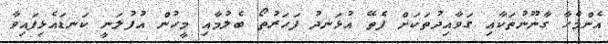
އެންމެހާ ގާނޫނުތަކާއި ގަވާއިދުތަކަށް ފެތޭ އުޅަނދު ފަހަރުތޯ ބެލުމާއި މީހުން އުފުލަނީ ކަނޑައެޅިފައިވާ